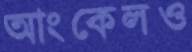
আংকেলও